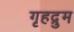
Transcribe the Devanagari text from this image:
गृहद्रुम